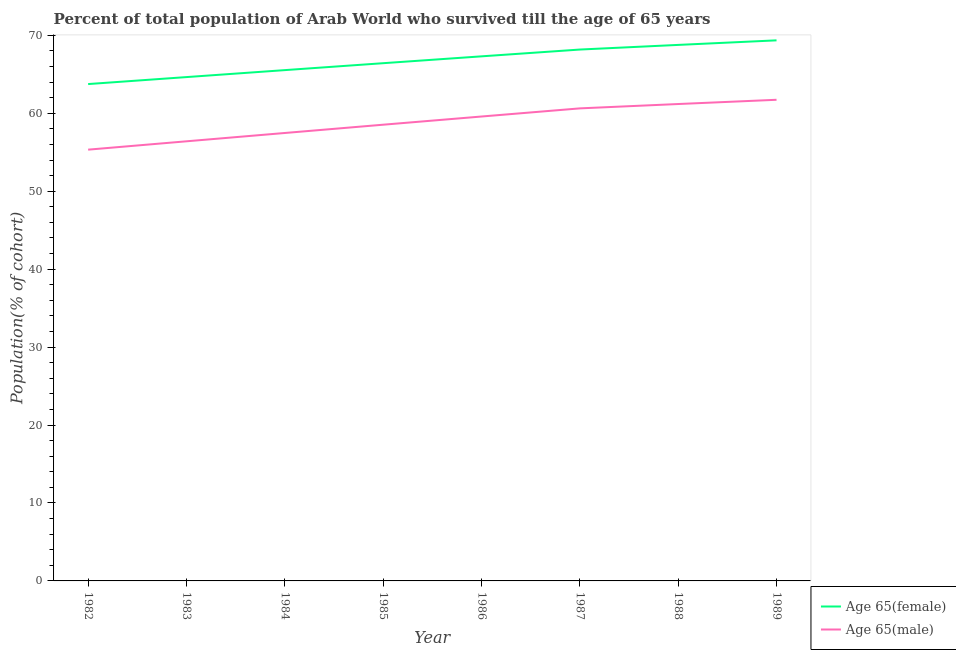
| Year | Age 65(female) | Age 65(male) |
 | --- | --- | --- |
 | 1982 | 63.7 | 55.3 |
 | 1983 | 64.6 | 56.4 |
 | 1984 | 65.5 | 57.5 |
 | 1985 | 66.4 | 58.5 |
 | 1986 | 67.3 | 59.6 |
 | 1987 | 68.2 | 60.6 |
 | 1988 | 68.8 | 61.2 |
 | 1989 | 69.4 | 61.7 |